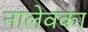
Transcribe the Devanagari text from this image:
नालेवका